Document type: Anniversary endowment
Year: 1486
Scribe: Bartomeu Masons
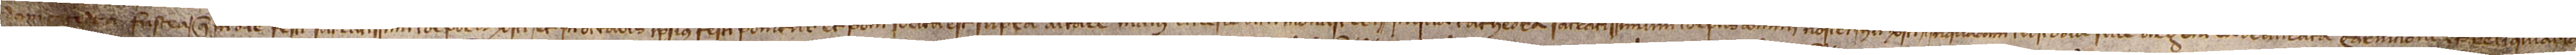
dam catedra fustea que in die festi sacratissimi corporis Christi et in octabis ipsius festi ponitur et poni solita est supra altare maius ecclesie dicti monasterii; in qua cathedra sacratissimum corpus Domini Nostri Ihesu Christi in quadam custodia sive argentea deaurata garnicione et reliquiario